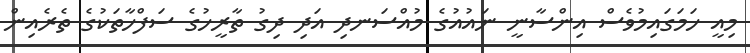
މިއީ ހަމަގައިމުވެސް އިންސާނީ ނައުއުގެ މުއްސަނދި އަދި ދިގު ތާރީހުގެ ސަފްހާތަކުގެ ތެރެއިން